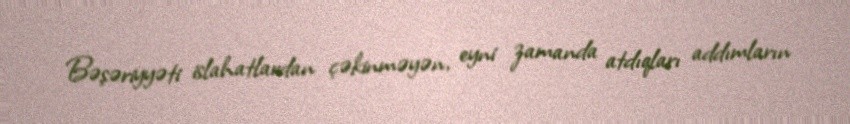
Bəşəriyyəti islahatlardan çəkinməyən, eyni zamanda atdıqları addımların